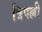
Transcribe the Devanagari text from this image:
त्रिपल्ली